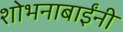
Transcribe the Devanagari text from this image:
शोभनाबाईंनी